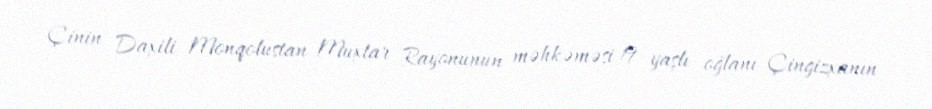
Çinin Daxili Monqolustan Muxtar Rayonunun məhkəməsi 19 yaşlı oğlanı Çingizxanın